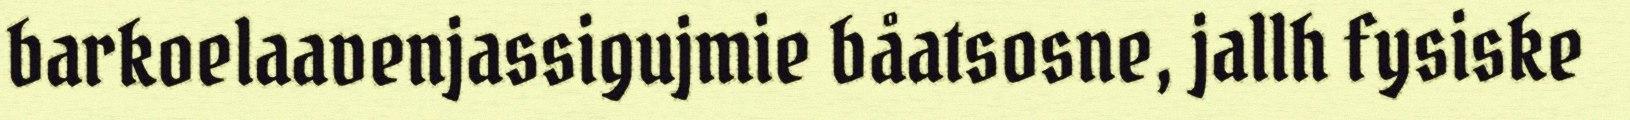
barkoelaavenjassigujmie båatsosne, jallh fysiske